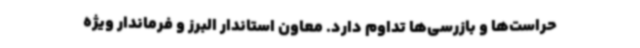
حراست‌ها و بازرسی‌ها تداوم دارد. معاون استاندار البرز و فرماندار ویژه